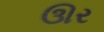
ઊર